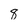
Character: 8